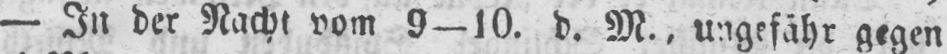
- In der Nacht, vom 9-10. d. M., ungefähr gegen